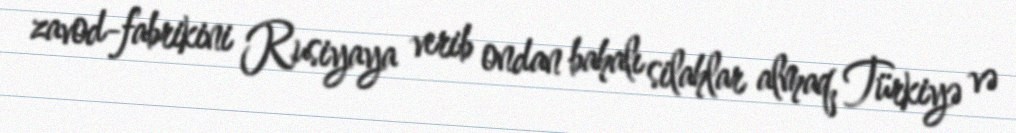
zavod-fabrikini Rusiyaya verib ondan bahalı silahlar almaq, Türkiyə və